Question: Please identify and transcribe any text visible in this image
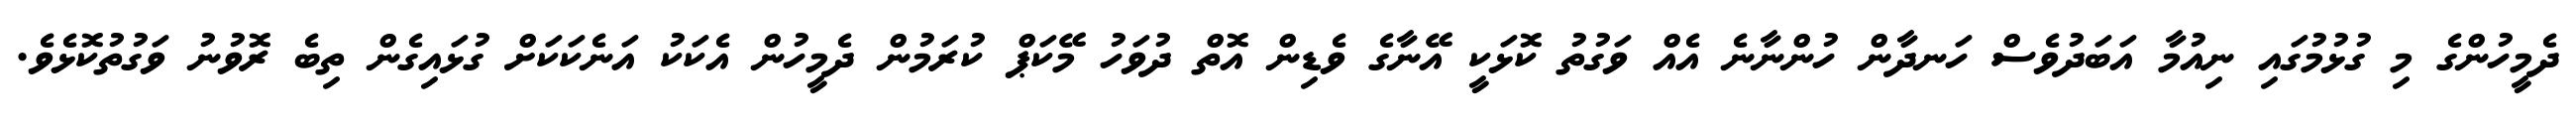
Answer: ދެމީހުންގެ މި ގުޅުމުގައި ނިއުމާ އަބަދުވެސް ހަނދާން ހުންނާނެ އެއް ވަގުތު ކޮޅަކީ އޭނާގެ ވެޑިން އޮތް ދުވަހު މޭކަޕް ކުރަމުން ދެމީހުން އެކަކު އަނެކަކަށް ގުޅައިގެން ތިބެ ރޮވުނު ވަގުތުކޮޅެވެ.